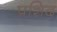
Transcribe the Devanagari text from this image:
प्रशिद